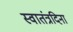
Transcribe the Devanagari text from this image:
स्वातंत्रदिना